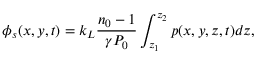
\phi _ { s } ( x , y , t ) = k _ { L } \frac { n _ { 0 } - 1 } { \gamma P _ { 0 } } \int _ { z _ { 1 } } ^ { z _ { 2 } } p ( x , y , z , t ) d z ,